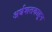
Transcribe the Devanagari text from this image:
अर्धशतकाहून